画像に写った文字を読んでください
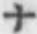
「ナ」と書いてあります